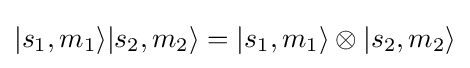
|s_{1},m_{1}\rangle |s_{2},m_{2}\rangle =|s_{1},m_{1}\rangle \otimes |s_{2},m_{2}\rangle